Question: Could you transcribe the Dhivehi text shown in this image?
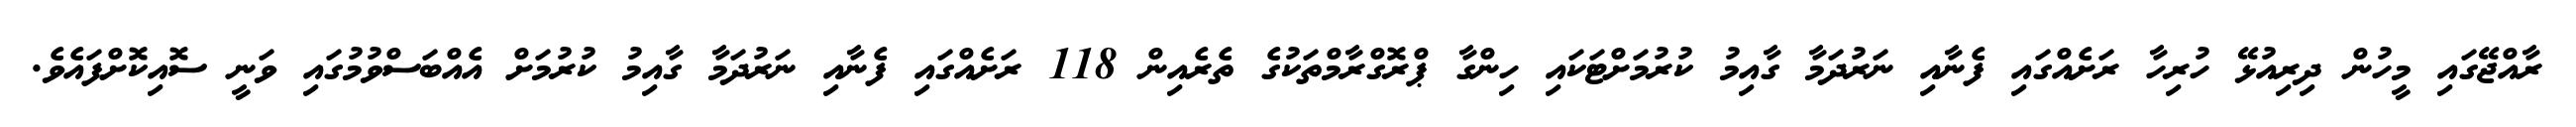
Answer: ރާއްޖޭގައި މީހުން ދިރިއުޅޭ ހުރިހާ ރަށެއްގައި ފެނާއި ނަރުދަމާ ގާއިމު ކުރުމަށްޓަކައި ހިންގާ ޕްރޮގްރާމްތަކުގެ ތެރެއިން 118 ރަށެއްގައި ފެނާއި ނަރުދަމާ ގާއިމު ކުރުމަށް އެއްބަސްވުމުގައި ވަނީ ސޮއިކޮށްފައެވެ.